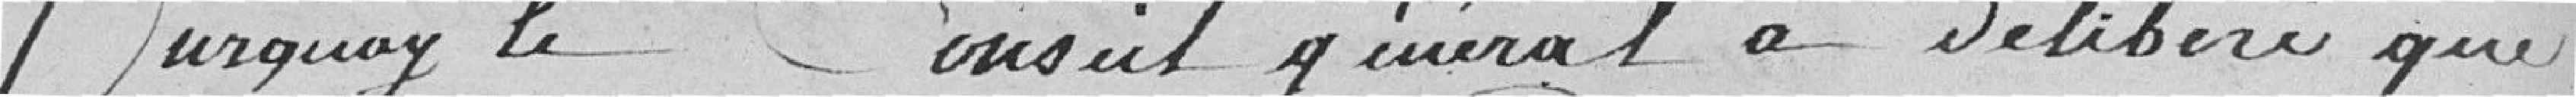
Sur quoi le Conseil Général a délibéré que